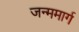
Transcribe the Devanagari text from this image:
जन्ममार्ग